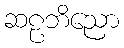
ဆဠဘိညော